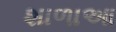
શાળાઆ